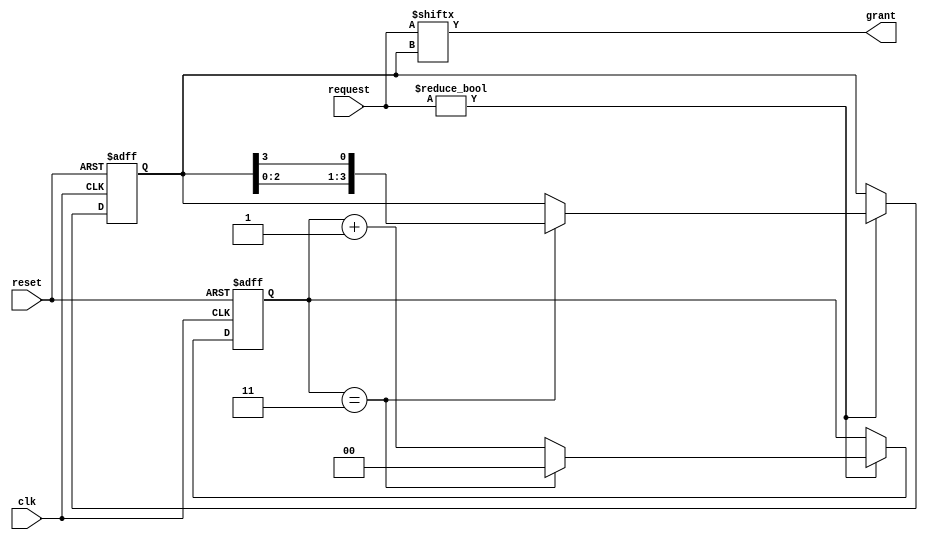
module RoundRobinArbiter (
    input wire clk,
    input wire reset,
    input wire [3:0] request,
    output wire grant
);

reg [3:0] next_grant;
reg [1:0] round;

always @(posedge clk or posedge reset) begin
    if (reset) begin
        round <= 0;
        next_grant <= 4'b0001;
    end else begin
        if (request != 4'b0000) begin
            if (round == 2'h3) begin
                round <= 0;
                next_grant <= {next_grant[2:0], next_grant[3]};
            end else begin
                round <= round + 1;
            end
        end
    end
end

assign grant = request[next_grant];

endmodule